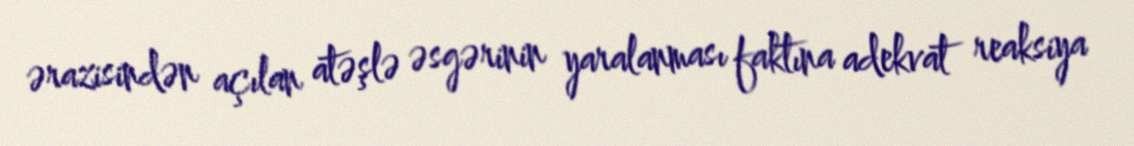
ərazisindən açılan atəşlə əsgərinin yaralanması faktına adekvat reaksiya